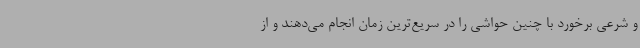
و شرعی برخورد با چنین حواشی را در سریع‌ترین زمان انجام می‌دهند و از